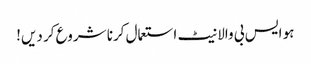
ہو ایس بی والا نیٹ استعمال کرنا شروع کر دیں!